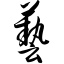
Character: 艺